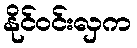
နိုင်ဝင်းလှက